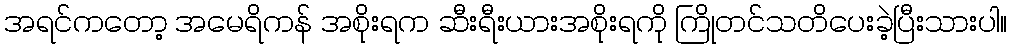
အရင်ကတော့ အမေရိကန် အစိုးရက ဆီးရီးယားအစိုးရကို ကြိုတင်သတိပေးခဲ့ပြီးသားပါ။